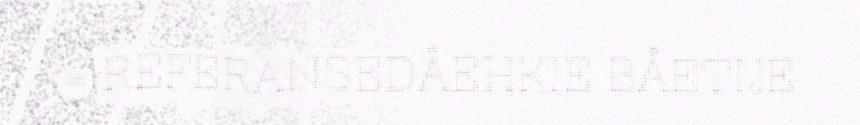
= REFERANSEDÅEHKIE BÅETIJE